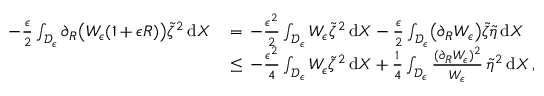
\begin{array} { r l } { - \frac { \epsilon } { 2 } \int _ { \mathcal { D } _ { \epsilon } } \partial _ { R } \bigl ( W _ { \epsilon } ( 1 + \epsilon R ) \bigr ) \tilde { \zeta } ^ { 2 } \, \mathrm { d } X \, } & { = \, - \frac { \epsilon ^ { 2 } } { 2 } \int _ { \mathcal { D } _ { \epsilon } } W _ { \epsilon } \tilde { \zeta } ^ { 2 } \, \mathrm { d } X - \frac { \epsilon } { 2 } \int _ { \mathcal { D } _ { \epsilon } } \bigl ( \partial _ { R } W _ { \epsilon } \bigr ) \tilde { \zeta } \tilde { \eta } \, \mathrm { d } X } \\ { \, } & { \le \, - \frac { \epsilon ^ { 2 } } { 4 } \int _ { \mathcal { D } _ { \epsilon } } W _ { \epsilon } \tilde { \zeta } ^ { 2 } \, \mathrm { d } X + \frac { 1 } { 4 } \int _ { \mathcal { D } _ { \epsilon } } \frac { ( \partial _ { R } W _ { \epsilon } ) ^ { 2 } } { W _ { \epsilon } } \, \tilde { \eta } ^ { 2 } \, \mathrm { d } X \, , } \end{array}